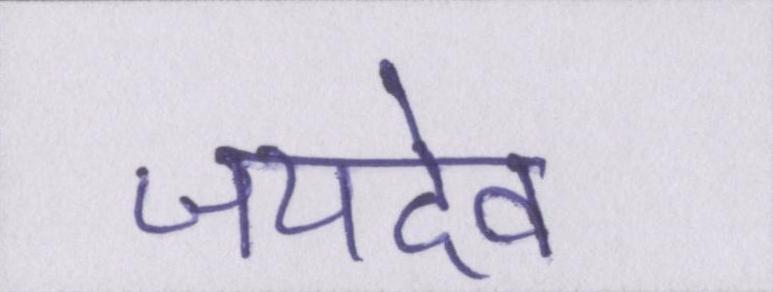
जयदेव